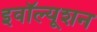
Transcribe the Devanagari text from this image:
इवॉल्यूशन